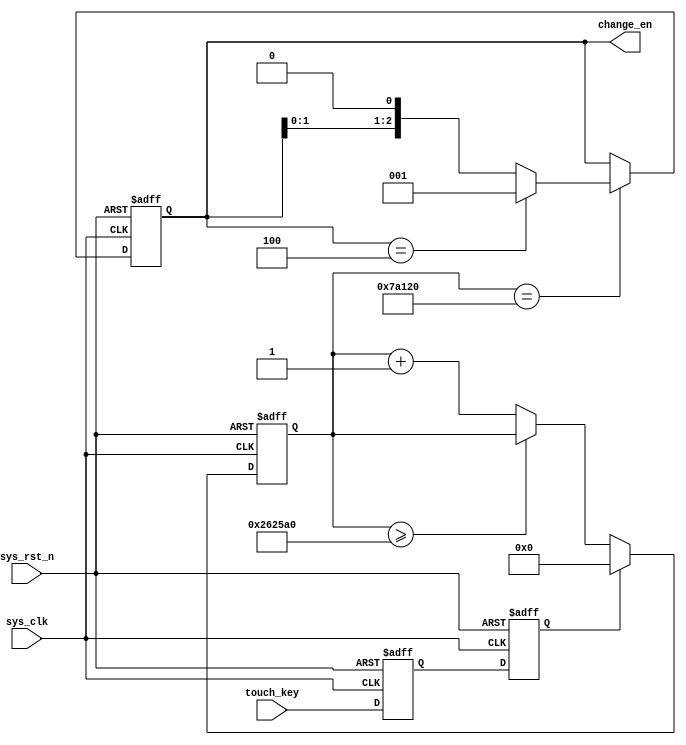
module key_ctrl(
    //input
    input sys_clk, // 50Mhz
    input sys_rst_n, //
    input touch_key, //

    //output
    output reg [2:0] change_en //
  );

  //reg define
  reg touch_key_d0;
  reg touch_key_d1;
  reg vs_in_d0;
  reg touch_en;
  reg [23:0] cnt_time;
  // reg [2:0] change_en ;

  //*****************************************************
  //** main code
  //*****************************************************

  //
  always @ (posedge sys_clk or negedge sys_rst_n)
  begin
    if(!sys_rst_n)
    begin
      touch_key_d0 <= 1'b0;
      touch_key_d1 <= 1'b0;
    end
    else
    begin
      touch_key_d0 <= touch_key;
      touch_key_d1 <= touch_key_d0;
    end
  end

  //
  always @ (posedge sys_clk or negedge sys_rst_n)
  begin
    if(!sys_rst_n)
    begin
      change_en <= 3'd4;
    end
    else
    begin
      if(cnt_time == 500000)
        if(change_en == 3'b100)
          change_en <= 3'b1;
        else
          change_en <= {change_en[1:0],1'b0};
      else
        change_en <= change_en ;
    end
  end

  //
  always @ (posedge sys_clk or negedge sys_rst_n)
  begin
    if(!sys_rst_n)
    begin
      cnt_time <= 24'b0;
    end
    else
    begin
      if(touch_key_d1)
        cnt_time <= 24'b0;
      else if(cnt_time >= 2500000)
        cnt_time <= cnt_time;
      else
        cnt_time <= cnt_time + 1;
    end
  end

endmodule